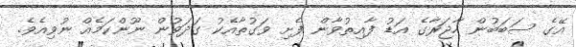
އޭގެ ސަބަބުން ހާޖަރާގެ އަޑު ފާއިތުވާން ފެށި ވަގުތާއެކު ގަދަވުން ނޫންކަމެއް ނުވިއެވެ.